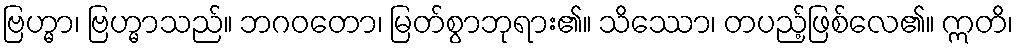
ဗြဟ္မာ၊ ဗြဟ္မာသည်။ ဘဂဝတော၊ မြတ်စွာဘုရား၏။ သိဿော၊ တပည့်ဖြစ်လေ၏။ ဣတိ၊